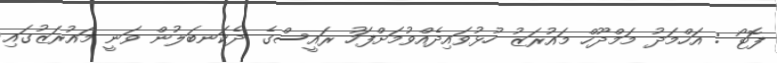
ފޮޓޯ : އަހްމަދު މަމްދޫހް މައުރަޒު ހުޅުވައިދެއްވުމަށްފަހު ރައީސްގެ ދެކަނބަލުން ވަނީ މައުރަޒުގައި